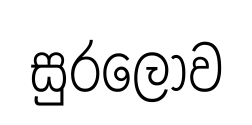
සුරලොව